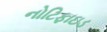
નોટિફાઇડ